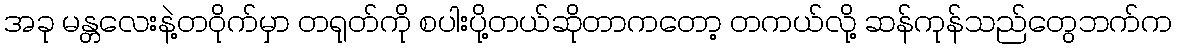
အခု မန္တလေးနဲ့တဝိုက်မှာ တရုတ်ကို စပါးပို့တယ်ဆိုတာကတော့ တကယ်လို့ ဆန်ကုန်သည်တွေဘက်က